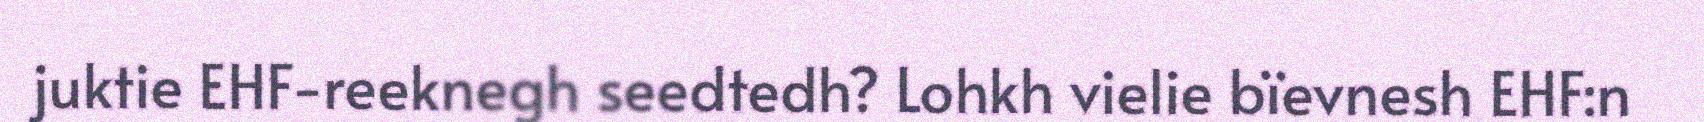
juktie EHF-reeknegh seedtedh? Lohkh vielie bïevnesh EHF:n